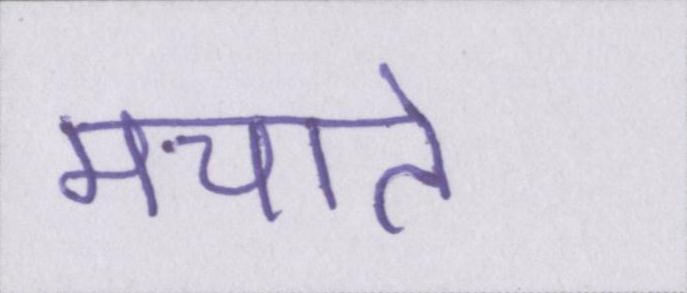
मचाते